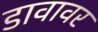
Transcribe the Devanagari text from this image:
डावावर